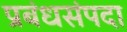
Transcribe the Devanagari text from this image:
प्रबंधसंपदा